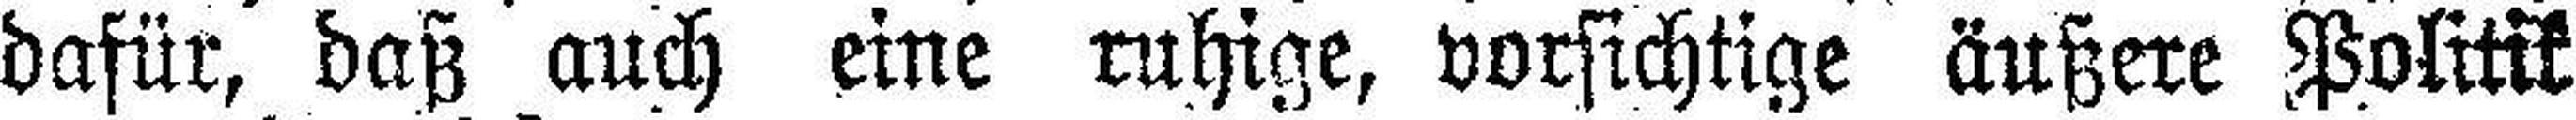
dafür, daß auch eine ruhige, vorsichtige äußere Politik